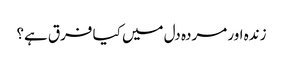
زندہ اور مردہ دل میں کیا فرق ہے؟